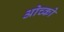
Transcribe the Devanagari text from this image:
ओच्को